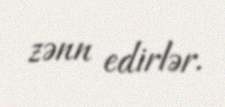
zənn edirlər.